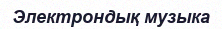
Электрондық музыка